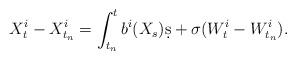
\begin{align*}X_t^i - X_{t_n}^i = \int_{t_n}^t b^i(X_s)\d s + \sigma(W_t^i - W_{t_n}^i).\end{align*}